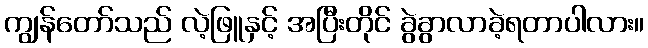
ကျွန်တော်သည် လဲ့ဖြူနှင့် အပြီးတိုင် ခွဲခွာလာခဲ့ရတာပါလား။